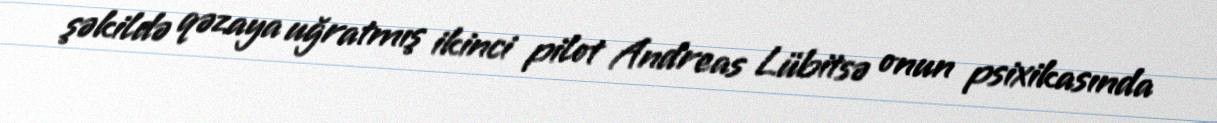
şəkildə qəzaya uğratmış ikinci pilot Andreas Lübitsə onun psixikasında